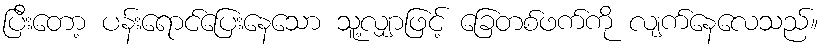
ပြီးတော့ ပန်းရောင်ပြေးနေသော သူ့လျှာဖြင့် ခြေတစ်ဖက်ကို လျက်နေလေသည်။